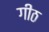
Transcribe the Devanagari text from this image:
गीठ